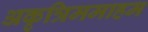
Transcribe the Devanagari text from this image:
अकृत्रिममाहम